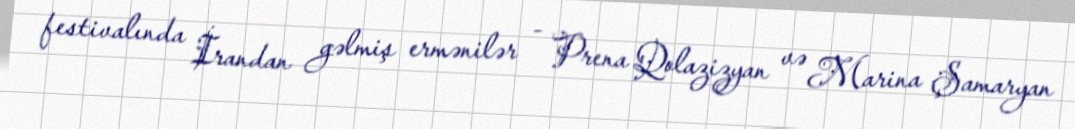
festivalında İrandan gəlmiş ermənilər - Prena Qolazizyan və Marina Şamaryan